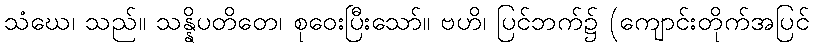
သံဃေ၊ သည်။ သန္နိပတိတေ၊ စုဝေးပြီးသော်။ ဗဟိ၊ ပြင်ဘက်၌ (ကျောင်းတိုက်အပြင်